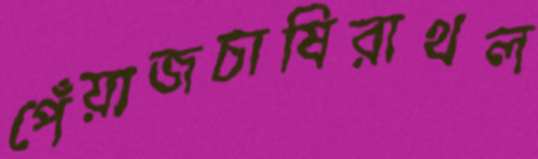
পেঁয়াজচাষিরাথল